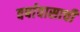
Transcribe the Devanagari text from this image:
वर्षावासाची